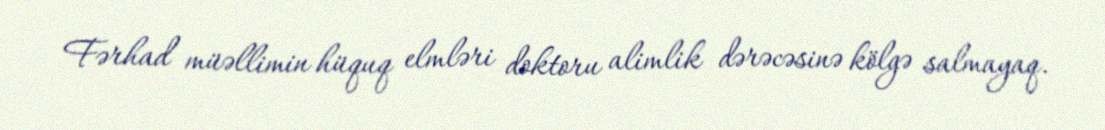
Fərhad müəllimin hüquq elmləri doktoru alimlik dərəcəsinə kölgə salmayaq.